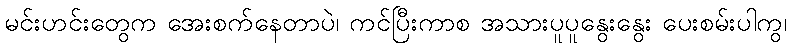
မင်းဟင်းတွေက အေးစက်နေတာပဲ၊ ကင်ပြီးကာစ အသားပူပူနွေးနွေး ပေးစမ်းပါကွ၊